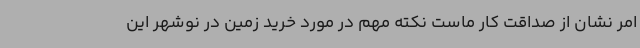
امر نشان از صداقت کار ماست نکته مهم در مورد خرید زمین در نوشهر این